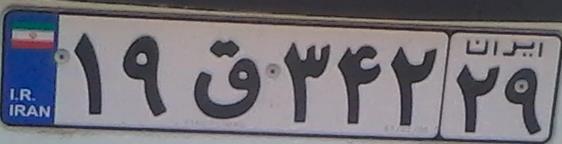
۱۹ق۳۴۲۲۹